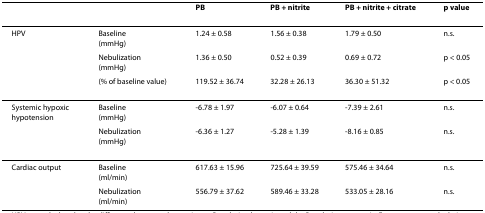
|  |  | PB | PB + nitrite | PB + nitrite + citrate | p value |
 | --- | --- | --- | --- | --- | --- |
 | HPV | Baseline(mmHg) | 1.24 ± 0.58 | 1.56 ± 0.38 | 1.79 ± 0.50 | n.s. |
 |  | Nebulization(mmHg) | 1.36 ± 0.50 | 0.52 ± 0.39 | 0.69 ± 0.72 | p < 0.05 |
 |  | (% of baseline value) | 119.52 ± 36.74 | 32.28 ± 26.13 | 36.30 ± 51.32 | p < 0.05 |
 | Systemic hypoxic hypotension | Baseline(mmHg) | -6.78 ± 1.97 | -6.07 ± 0.64 | -7.39 ± 2.61 | n.s. |
 |  | Nebulization(mmHg) | -6.36 ± 1.27 | -5.28 ± 1.39 | -8.16 ± 0.85 | n.s. |
 | Cardiac output | Baseline(ml/min) | 617.63 ± 15.96 | 725.64 ± 39.59 | 575.46 ± 34.64 | n.s. |
 |  | Nebulization(ml/min) | 556.79 ± 37.62 | 589.46 ± 33.28 | 533.05 ± 28.16 | n.s. |